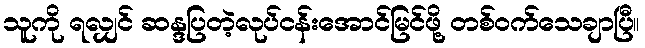
သူကို ရလျှင် ဆန္ဒပြတဲ့လုပ်ငန်းအောင်မြင်ဖို့ တစ်ဝက်သေချာပြီ။